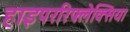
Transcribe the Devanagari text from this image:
हाइपररिफ्लेक्सिया